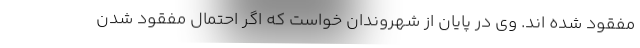
مفقود شده اند. وی در پایان از شهروندان خواست که اگر احتمال مفقود شدن